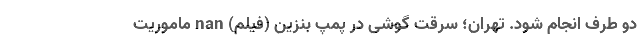
دو طرف انجام شود. تهران؛ سرقت گوشی در پمپ بنزین (فیلم) nan ماموریت